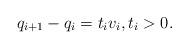
LaTeX: \begin{align*}q_{i+1}-q_i = t_i v_i, t_i > 0.\end{align*}